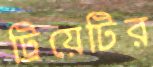
ট্রিয়েটির